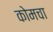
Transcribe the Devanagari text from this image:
कोमचा